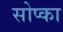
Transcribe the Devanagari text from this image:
सोप्का